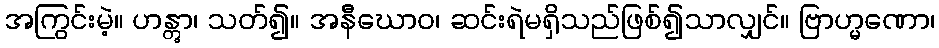
အကြွင်းမဲ့။ ဟန္တွာ၊ သတ်၍။ အနီဃောဝ၊ ဆင်းရဲမရှိသည်ဖြစ်၍သာလျှင်။ ဗြာဟ္မဏော၊